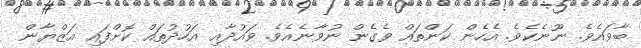
ބާވައެވެ. ނޫނެކެވެ. އެހެން ކަންތައް ވެގެން ނުވާނެއެވެ. ވައުދާއި އަހުދުތައް ކޮށްފައި އަޒްޔާން